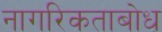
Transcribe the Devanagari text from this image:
नागरिकताबोध